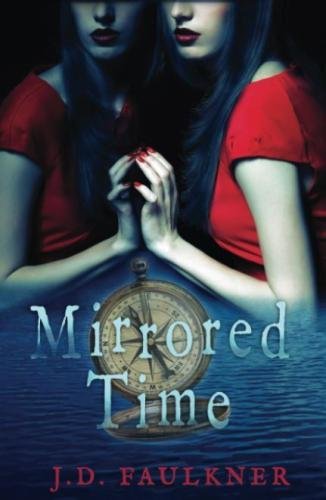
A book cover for Mirrored Time (A Time Archivist Novel) (Volume 1); J D Faulkner; Science Fiction & Fantasy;